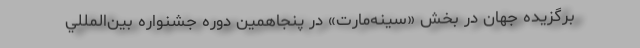
برگزیده جهان در بخش «سینه‌مارت» در پنجاهمين دوره جشنواره بين‌‌المللي